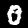
Label: 0